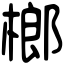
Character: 榔